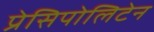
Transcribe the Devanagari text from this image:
प्रेसिपोलिटेन